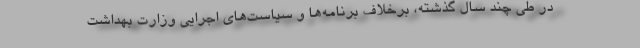
در طی چند سال گذشته، برخلاف برنامه‌ها و سیاست‌های اجرایی وزارت بهداشت